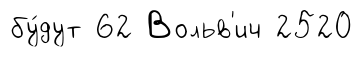
бу́дут 62 Вольв'ич 2520